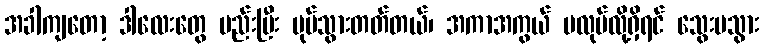
အခါကျတော့ ဒါလေးတွေ မည်းပြီး ပုပ်သွားတတ်တယ်၊ အကာအကွယ် မလုပ်လို့ရှိရင် သွေးမသွား